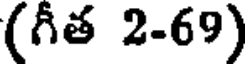
(గీత 2-69)